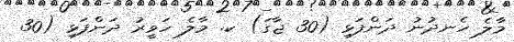
މާލެ ހެނދުނު ދަންފަޅި (30 ޖާގަ) ކ. މާލެ ހަވީރު ދަންފަޅި (30